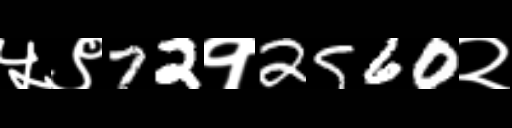
Text: ५९72१2560२